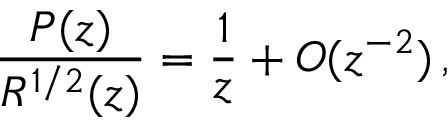
\frac { P ( z ) } { R ^ { 1 / 2 } ( z ) } = \frac { 1 } { z } + O ( z ^ { - 2 } ) \, ,